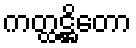
ကတ္ထဋ္ဌိတော